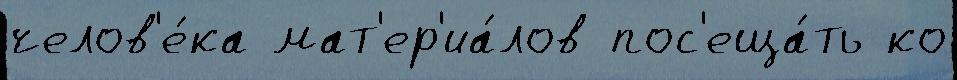
челов'е́ка мат'ер'иа́лов пос'еща́ть ко